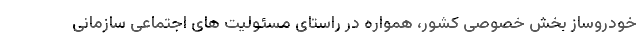
خودروساز بخش خصوصی کشور، همواره در راستای مسئولیت های اجتماعی سازمانی